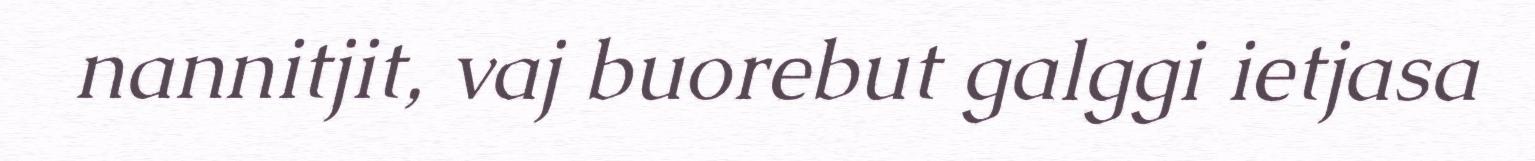
nannitjit, vaj buorebut galggi ietjasa